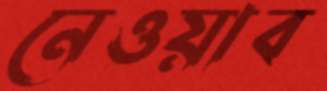
নেওয়াব